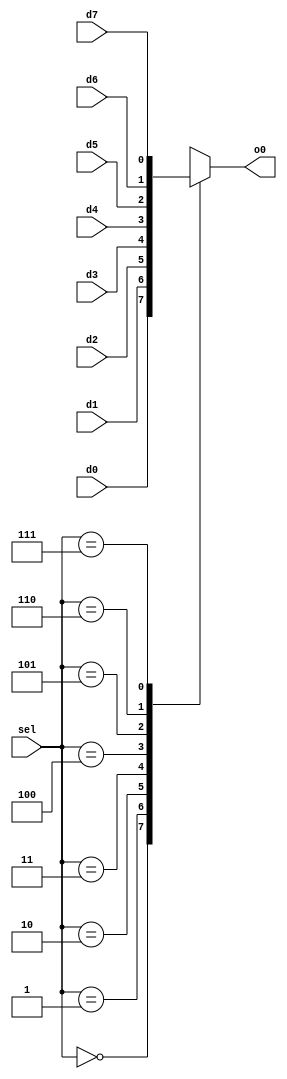
module mux_8_1 (
    input wire d0,
    input wire d1,
    input wire d2,
    input wire d3,
    input wire d4,
    input wire d5,
    input wire d6,
    input wire d7,
    input wire [2:0] sel,
    output reg o0  // La seal o0 se declara como reg porque se le asigna un valor dentro de un bloque procedural como always
);

    // Este bloque always se ejecuta siempre que alguna de las seales cambie de valor.
    // Cuando esto sucede, el valor de o0 cambia seun los valores de las entradas.
    always @(d0 or d1 or d2 or d3 or d4 or d5 or d6 or d7 or sel)
    begin
        case (sel)
            3'b000 : o0 = d0;
            3'b001 : o0 = d1;
            3'b010 : o0 = d2;
            3'b011 : o0 = d3;
            3'b100 : o0 = d4;
            3'b101 : o0 = d5;
            3'b110 : o0 = d6;
            3'b111 : o0 = d7;
            default: o0 = d0;
        endcase
    end
    
endmodule